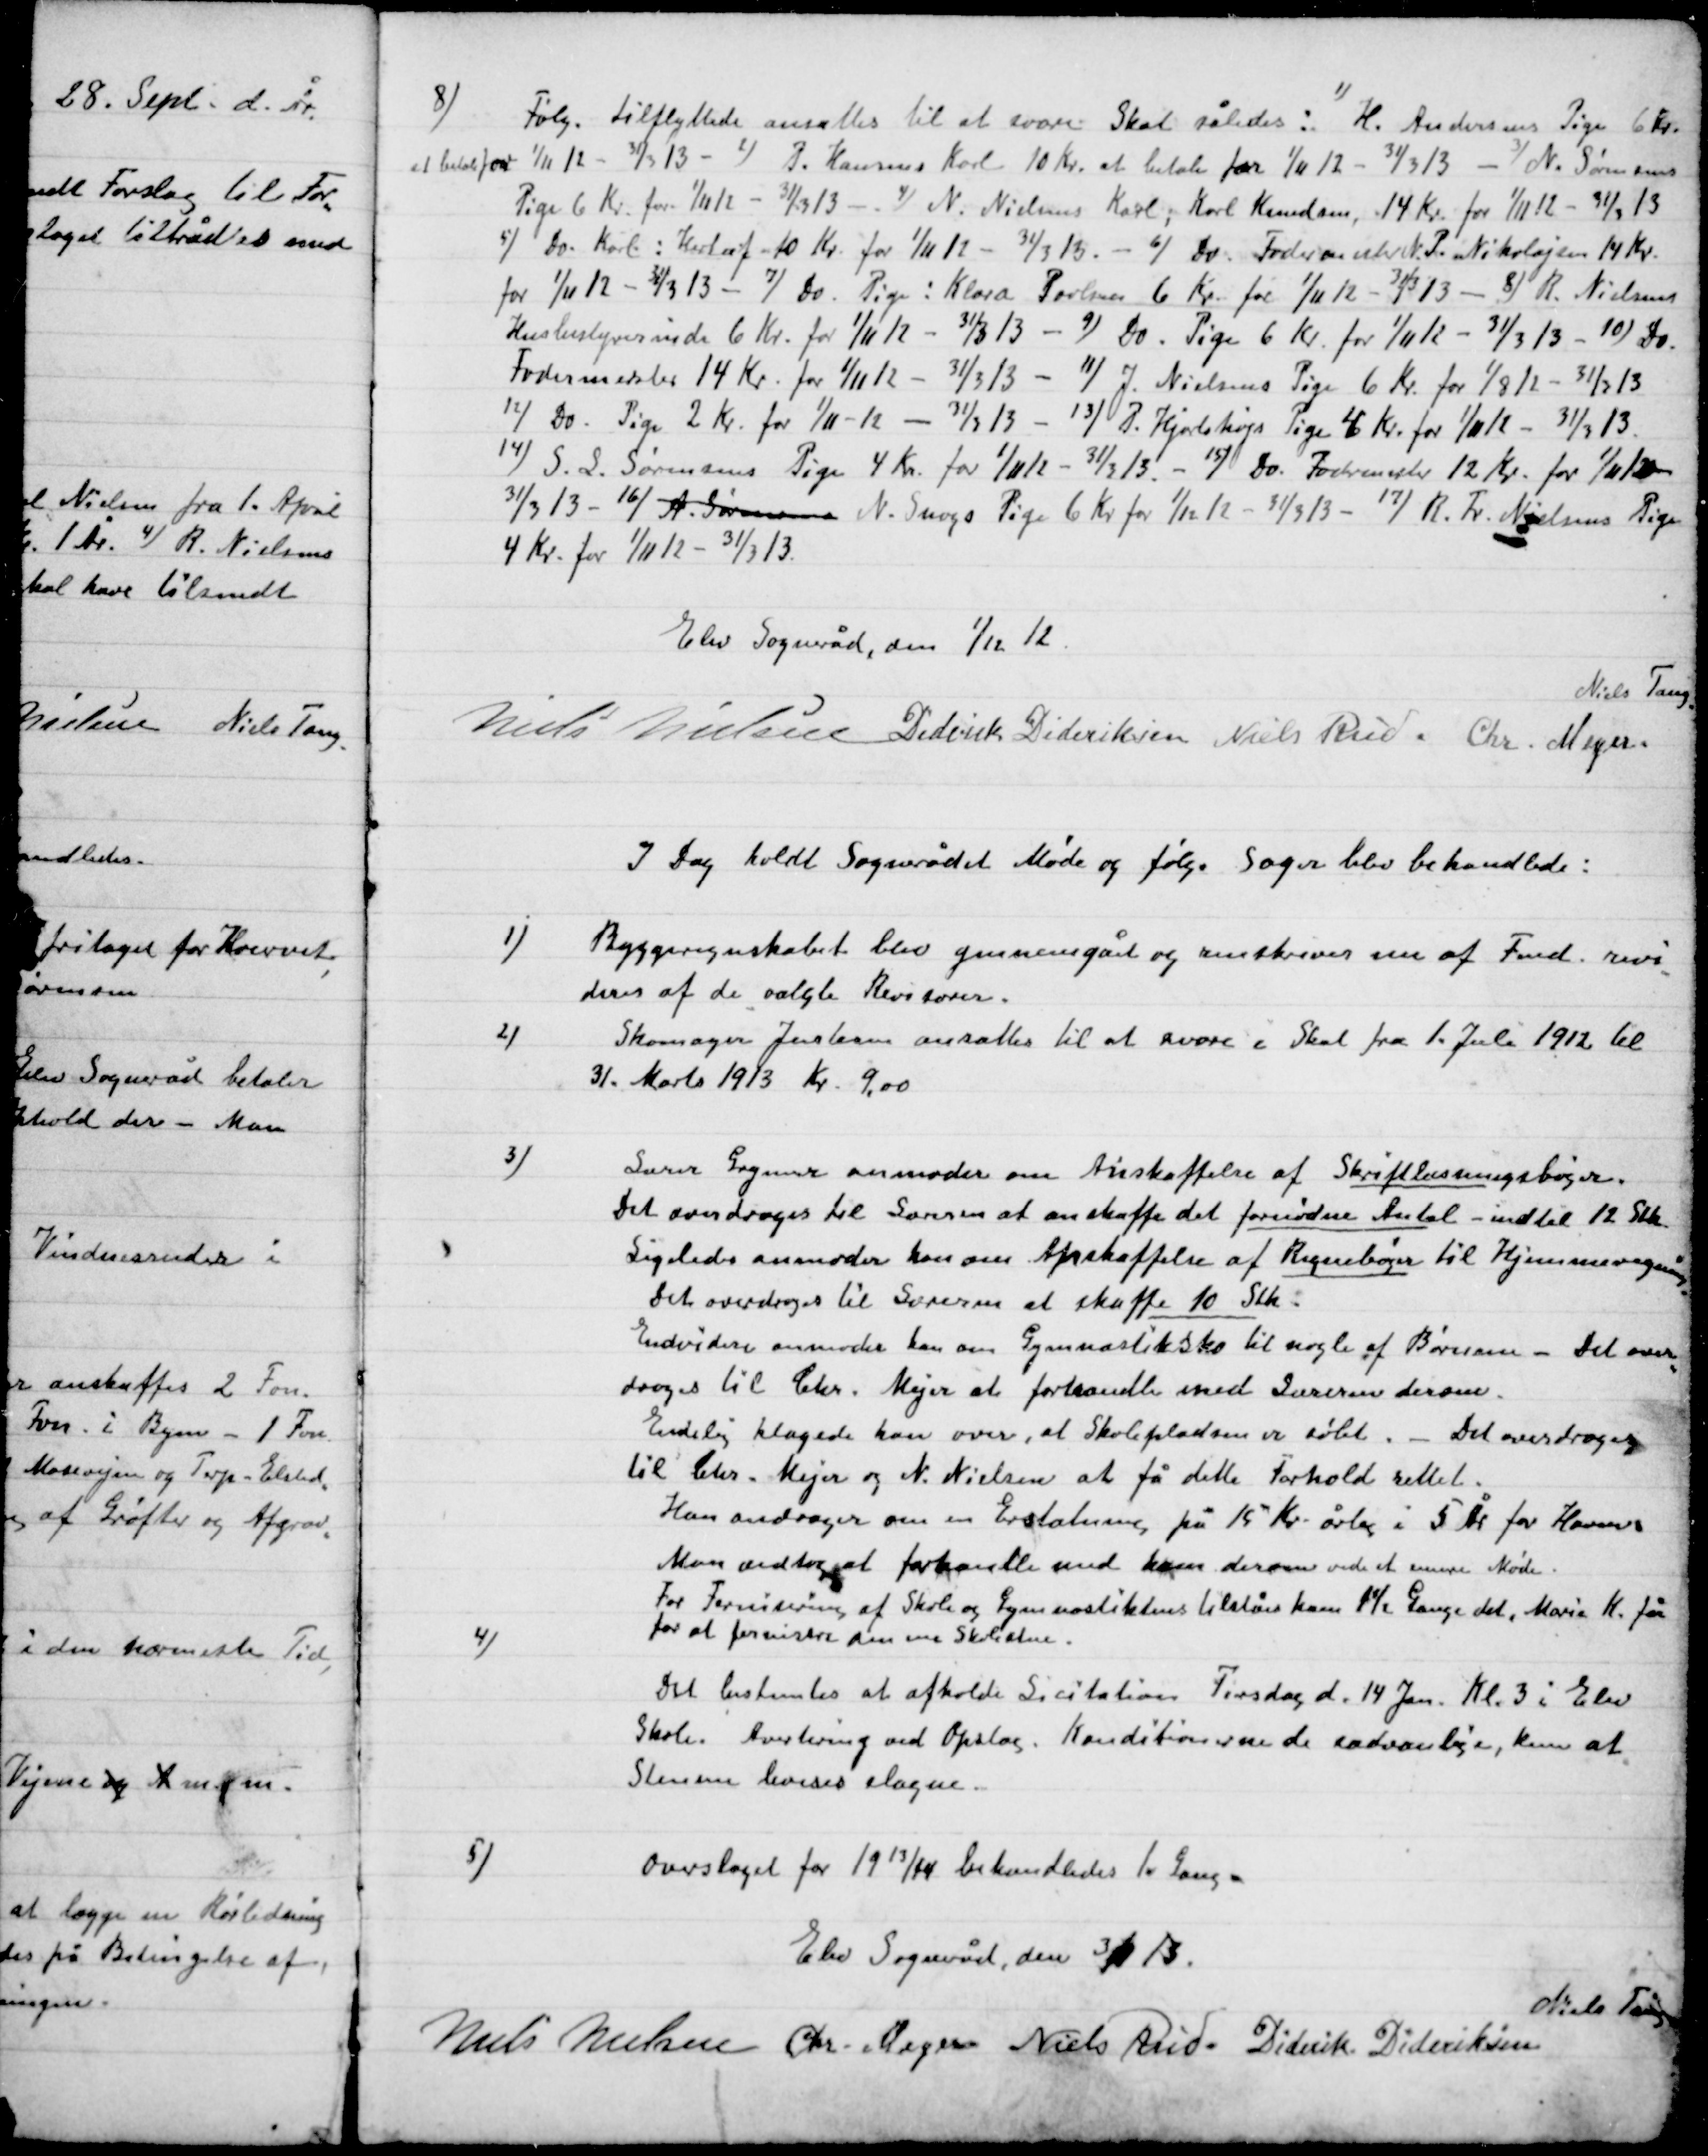
Transskription:
8)

Følg. tilflyttede ansattes til at svare Skat således: 1) H. Andersens Pige 6 Kr.
at betale for 1/11 12 - 31/3 13 – 2) I. Hansens Karl 10 Kr. at betale for 1/11 12 – 31/3 13 – 3) N. Sørensens
Pige 6 Kr. for 1/11 12 - 31/3 13 – 4) N. Nielsens Karl; Karl Knudsen, 14 Kr. for 1/11 12 - 31/3 13
5) Do Karl : Herluf 10 Kr. for 1/11 12 - 31/3 13 – 6) Do. Fodermester N. P. Nikolajsen 14 Kr.
for 1/11 12 – 31/3 -13 – 7) Do Pige: Klara Poulsen 6 Kr. for 1/11 12 - 31/3 13 – 8) R. Nielsens
Husbestyrerinde 6 Kr. for 1/11 12 - 31/3 13 – 9) do. Pige for 1/11 12 - 31/3 13 – 10) Do
Fodermester 14 Kr. for 1/11 12 - 31/3 13 – 11) J. Nielsens Pige for 1/8 12 - 31/3 13
12) Do. Pige 2 Kr. for 1/11 12 - 31/3 13 – 13) J. Hjortshøjs Pige 6 Kr. 1/11 12 - 31/3 13
14) S.L. Sørensen Pige 4 Kr. 1/11 12 - 31/3 13. – 15) Do. Fodermester 12 Kr. for 1/11 12 -
31/3 13 – 16) A. Sørensen N. Snogs Pige 6 Kr. for 1/11 12 - 31/3 13 – 17) R. Tr. Nielsens Pige
4 Kr. for 1/11 12 - 31/3 13.

Elev Sogneråd, den 1/12 12

Niels Tang
Niels Nielsen
Diderik Dideriksen
Niels Rud.
Chr. Meyer

I Dag holdt Sognerådet Møde og følgende Sager blev behandlede:

1)

Byggeregentskabet blev gennemgået og underskrives nu af Fmd. revi-
deres af de valgte Revisorer.

2)

Skomager Jacobsen ansattes til at svare i Skat fra 1. Juli 1912 til
31. Marts 1913 Kr. 9,00

3)

Lærer Grymer anmoder om Anskaffelse af Skriftlæsningsbøger.
Det overdroges til Sørensen at anskaffe det fornødne Antal - indtil 12 Stk.
Ligeledes anmoder han om Anskaffelse af Regnebøger til Hjemmeundervisning
Det overdroges til Sørensen at anskaffe 10 Stk.
Endvidere anmoder han om Gymnastiksko til nogle af Børnene – Det over-
lodes til Chr. Mejer at forhandle med Lærerne derom.
Endvidere klagede han over, at Skolepladsen er sølet.  – Det overdroges
til Chr. Mejer og N. Nielsen at få dette Forhold rettet.
Han overdrager om en erstatning på 15 Kr. årlig i 5 År for Havens
Navn andraget forhandle med ham derom ved et senere Møde.
For Formning af Skole og Gymnastikhus til låns kan 1½ Gange det, Maria K. får
for at formindske denne Skolestue.

4)

Det bestemtes at afholde Licitation Tirsdag d. 14 Jan. Kl. 3 i Elev
Skole. Avertering ved Opslag. Konditionerne var de sædvanlige, kun at
Stenene leveres slagne.

5).

Overslaget for 1913/14 behandledes 1. Gang.

Elev Sogneråd den 3/1 13

Niels Tang
Niels Nielsen
Chr. Meyer
Niels Rud
Diderik Dideriksen